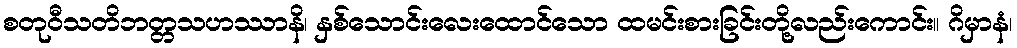
စတုဝီသတိဘတ္တသဟဿာနိ၊ နှစ်သောင်းလေးထောင်သော ထမင်းစားခြင်းတို့လည်းကောင်း။ ဂိမှာနံ၊